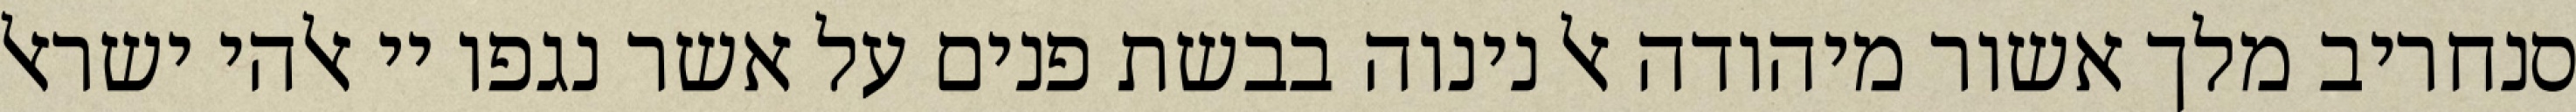
סנחריב מלך אשור מיהודה אל נינוה בבשת פנים על אשר נגפו יי אלהי ישראל